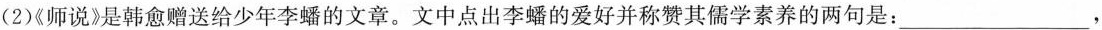
(2)《师说》是韩愈赠送给少年李蟠的文章。文中点出李蟠的爱好并称赞其儒学素养的两句是:___，